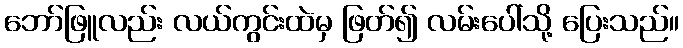
ဘော်ဖြူလည်း လယ်ကွင်းထဲမှ ဖြတ်၍ လမ်းပေါ်သို့ ပြေးသည်။